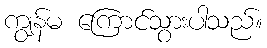
ကျွန်မ ကြောင်သွားပါသည်။